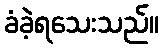
ခံခဲ့ရသေးသည်။